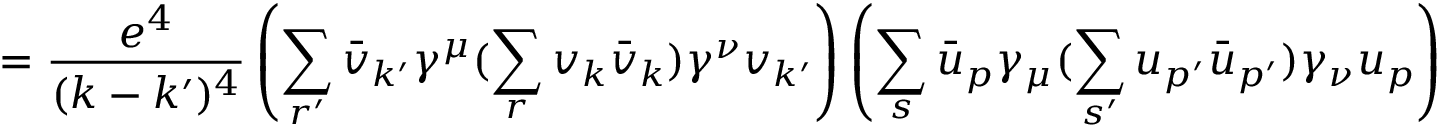
= { \frac { e ^ { 4 } } { ( k - k ^ { \prime } ) ^ { 4 } } } \left( \sum _ { r ^ { \prime } } { \bar { v } } _ { k ^ { \prime } } \gamma ^ { \mu } ( \sum _ { r } v _ { k } { \bar { v } } _ { k } ) \gamma ^ { \nu } v _ { k ^ { \prime } } \right) \left( \sum _ { s } { \bar { u } } _ { p } \gamma _ { \mu } ( \sum _ { s ^ { \prime } } { u _ { p ^ { \prime } } { \bar { u } } _ { p ^ { \prime } } } ) \gamma _ { \nu } u _ { p } \right)